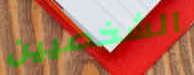
الشخصيين